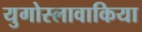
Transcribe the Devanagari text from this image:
युगोस्लावाकिया